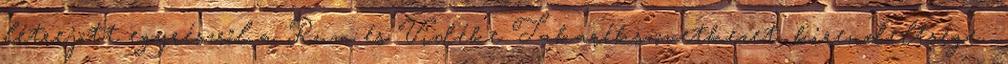
létrejött egyrészről a Rum és Vidéke Takarékszövetkezet. kirendeltsége .